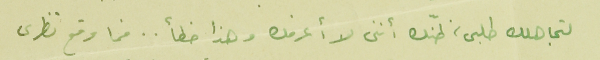
لتجاهلك طلبى، ظنّك أننى لا أعرفك وهذا خطأ .. فما وقع نظرى